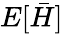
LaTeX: E[\bar{H}]